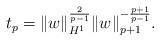
LaTeX: \begin{align*}t_p=\|w\|_{H^1}^\frac{2}{p-1} \|w\|_{p+1}^{-\frac{p+1}{p-1}}.\end{align*}